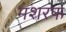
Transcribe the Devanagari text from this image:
मशरफ